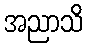
အညာသိ